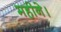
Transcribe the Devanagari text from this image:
महीने।